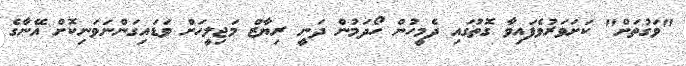
"ވަގުތަށް" ކަށަވަރުވެފައިވާ ގޮތުގައި ދެމީހުން ހޯދަމުން ދަނީ ރިޔާޒް މަޖިލީހަށް ވަޑައިގަންނަވަނިކޮށް އޭނާގެ